Scottish Leaving Certificate Examination, 1951
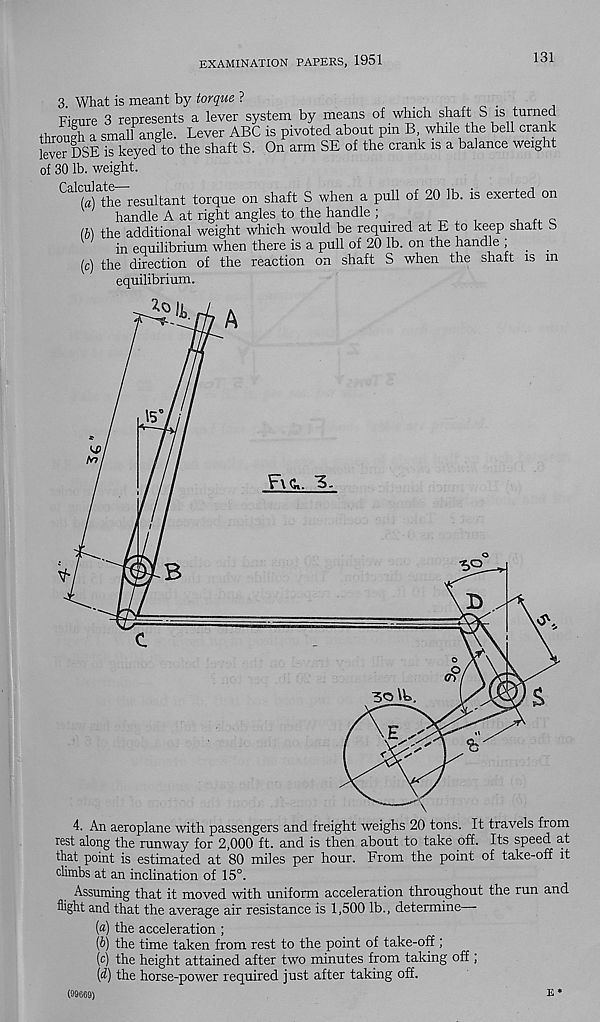
EXAMINATION PAPERS, 1951
131
3. What is meant by torque ?
x, e ■ .
„
Figure 3 represents a lever system by means of which shaft S is turned
through a small angle. Lever ABC is pivoted about pm B while the bell crank
lever DSE is keyed to the shaft S. On arm SE of the crank is a balance weight
of 30 lb. weight.
Cal< («)^he" - resultant torque on shaft S when a pull of 20 lb. is exerted on
handle A at right angles to the handle ;
(b) the additional weight which would be required at E to keep shatt b
in equilibrium when there is a pull of 20 lb. on the handle ,
(c) the direction of the reaction on shaft S when the shaft is m
equilibrium.
Assuming that it moved with uniform acceleration throughout the run and
flight and that the average air resistance is 1,500 lb., determine
(fl) the acceleration ;
(6) the time taken from rest to the point of take-off;
(c) the height attained after two minutes from taking off ;
[d) the horse-power required just after taking off.
(99669)
E*